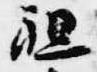
祖